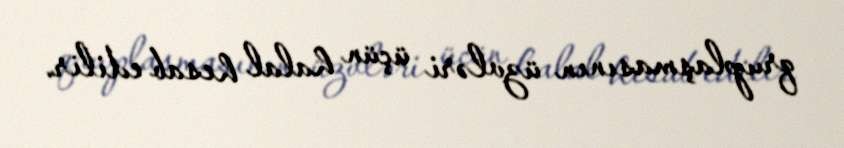
qruplaşmasının üzvləri üçün halal hesab edilir.